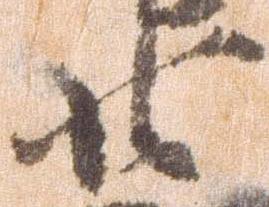
廿